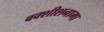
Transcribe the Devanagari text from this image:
बक्शीशनामा